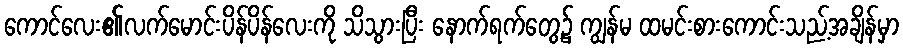
ကောင်လေး၏လက်မောင်းပိန်ပိန်လေးကို သိသွားပြီး နောက်ရက်တွေ့၌ ကျွန်မ ထမင်းစားကောင်းသည့်အချိန်မှာ